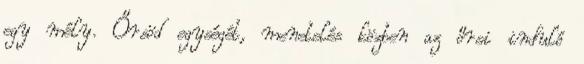
egy mély. Őrsöd egységét, menetelés közben az őrsi induló